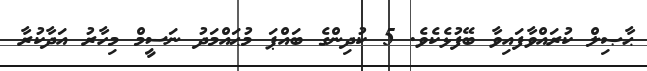
ޙާޞިލް ކުރައްވާފައިވާ ބޭފުޅެކެވެ. 5 ކުދިންގެ ބައްޕަ މުޙައްމަދު ނަސީމް މިހާރު އަދާކުރާ